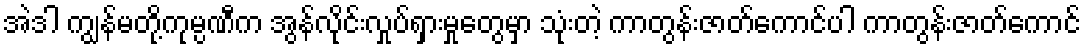
အဲဒါ ကျွန်မတို့ကုမ္ပဏီက အွန်လိုင်းလှုပ်ရှားမှုတွေမှာ သုံးတဲ့ ကာတွန်းဇာတ်ကောင်ပါ ကာတွန်းဇာတ်ကောင်